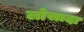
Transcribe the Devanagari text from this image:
लोसादा